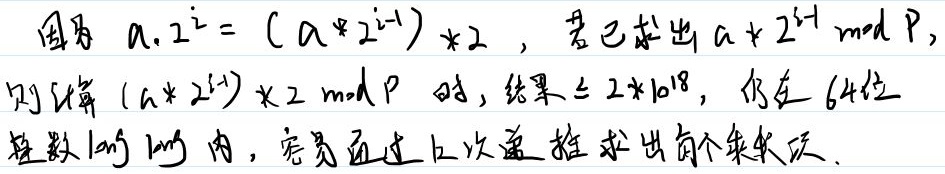
因为 \(a\cdot2^{i}=(a*2^{i - 1})*2\)，若已求出 \(a*2^{i - 1}\bmod P\)，则计算 \((a*2^{i - 1})*2\bmod P\) 时，结果 \(\le 2*10^{18}\)，仍在 64 位整数范围内，容易通过上次递推求出前个乘积项。